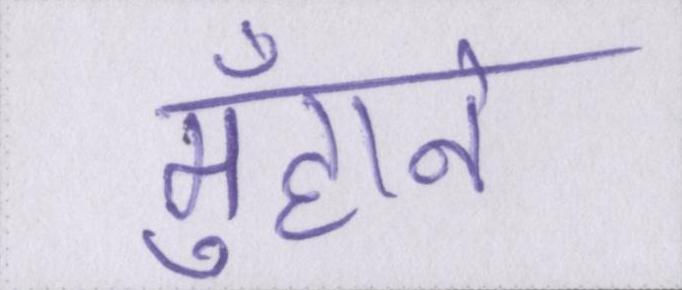
मुँहाने